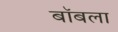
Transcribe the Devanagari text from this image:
बॉबला